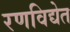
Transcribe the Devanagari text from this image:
रणविद्येत